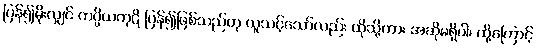
ပြန်၍မိုးလျှင် ကပ္ပိယကုဋိ ပြန်၍ဖြစ်သည်ဟု ယူသင့်သော်လည်း ထိုသို့ကား အဆိုမရှိပါ၊ ထို့ကြောင့်